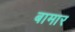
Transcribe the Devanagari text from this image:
बामार